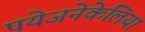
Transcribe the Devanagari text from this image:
पयेजनेकेलिया